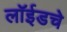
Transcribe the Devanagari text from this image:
लॉईडचे